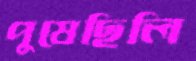
পুষেছিলি